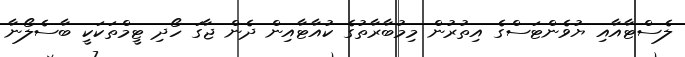
ލެސްޓާއާއި ޔުވެންޓަސްގެ އިތުރުން މިމުބާރާތުގެ ކުއާޓާއިން ދެން ޖާގަ ހޯދި ޓީމްތަކަކީ ބާސެލޯނާ